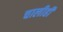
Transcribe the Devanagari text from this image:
चालीही